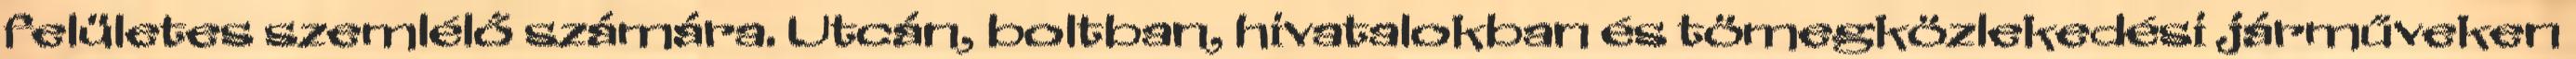
felületes szemlélő számára. Utcán, boltban, hivatalokban és tömegközlekedési járműveken